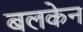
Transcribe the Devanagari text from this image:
बलकेन